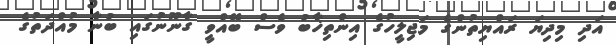
އަދި މިދިޔަ ރައްޔިތުންގެ މަޖިލީހުގެ އިންތިޚާބު ވެސް ބޭއްވީ ގާނޫނުގައި ބުނާ މުއްދަތުގެ